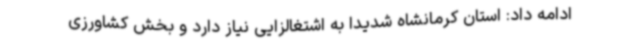
ادامه داد: استان کرمانشاه شدیدا به اشتغالزایی نیاز دارد و بخش کشاورزی